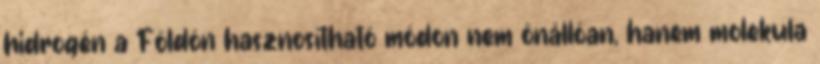
hidrogén a Földön hasznosítható módon nem önállóan, hanem molekula